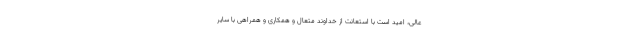
عالی، امید است با استعانت از خداوند متعال و همکاری و همراهی با سایر